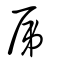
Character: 屌